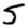
Digit: 5